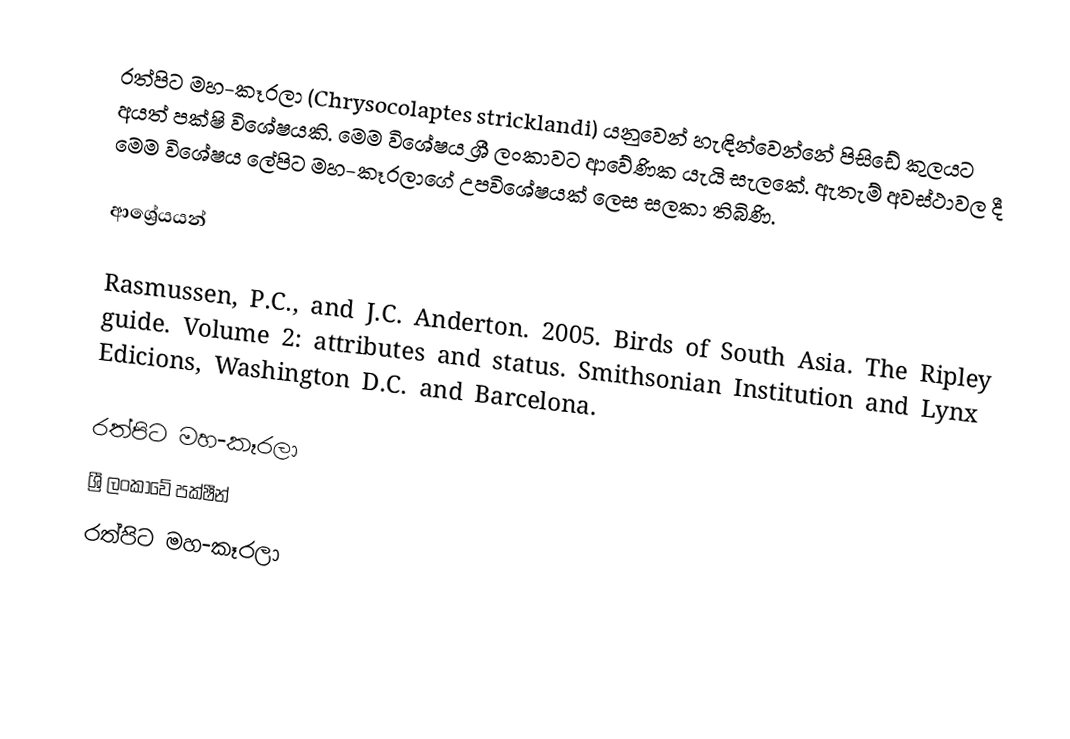
රත්පිට මහ-කෑරලා (Chrysocolaptes stricklandi) යනුවෙන් හැඳින්වෙන්නේ පිසිඩේ කුලයට අයත් පක්ෂි විශේෂයකි. මෙම විශේෂය ශ්‍රී ලංකාවට ආවේණික යැයි සැලකේ. ඇතැම් අවස්ථාවල දී මෙම විශේෂය ලේපිට මහ-කෑරලාගේ උපවිශේෂයක් ලෙස සලකා තිබිණි.

ආශ්‍රේයයන්

Rasmussen, P.C., and J.C. Anderton. 2005. Birds of South Asia. The Ripley guide. Volume 2: attributes and status. Smithsonian Institution and Lynx Edicions, Washington D.C. and Barcelona.

රත්පිට මහ-කෑරලා
ශ්‍රී ලංකාවේ පක්ෂීන්
රත්පිට මහ-කෑරලා